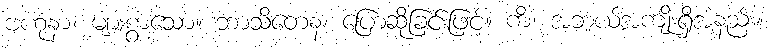
ဗဟုနာ၊ များစွာသော။ ဘာသိတေန၊ ပြောဆိုခြင်းဖြင့်။ ကိံ၊ အဘယ်အကျိုးရှိအံ့နည်း။